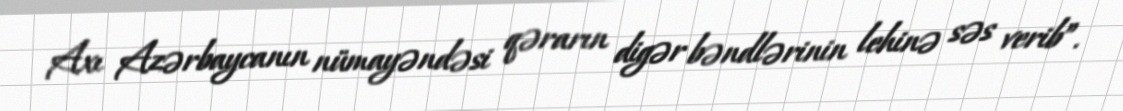
Axı Azərbaycanın nümayəndəsi qərarın digər bəndlərinin lehinə səs verib”.